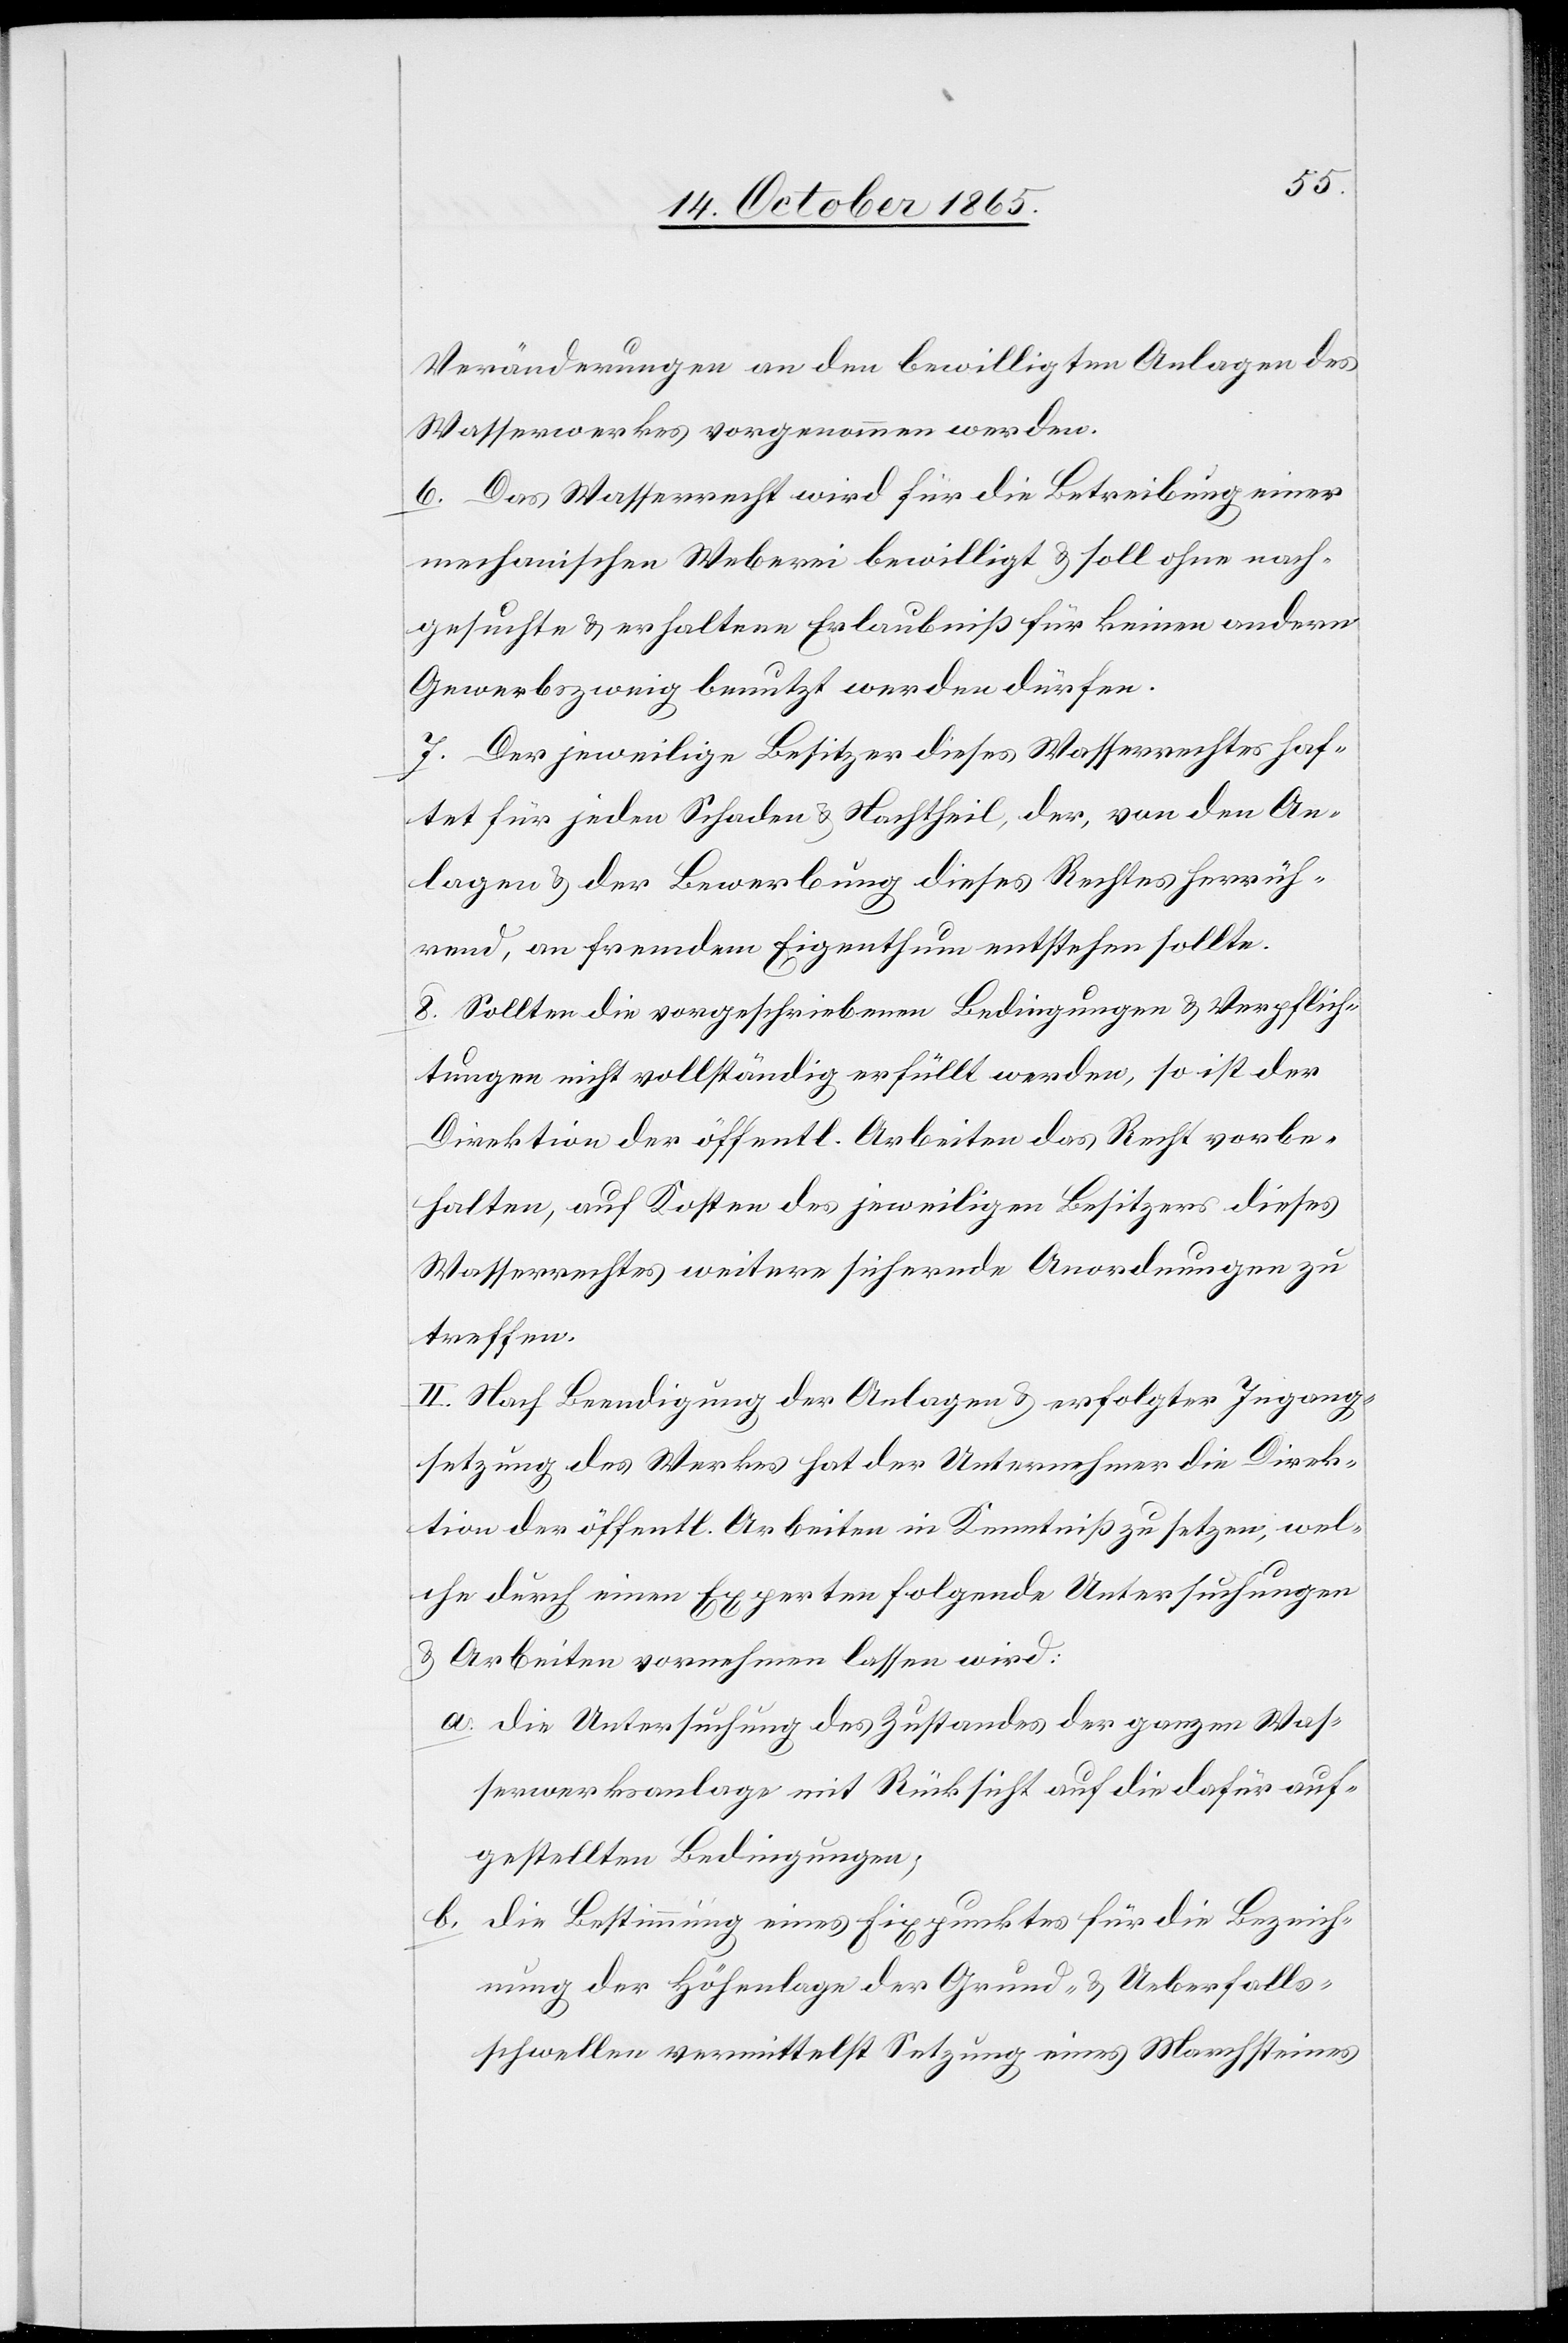
Veränderungen an den bewilligten Anlagen des
Wasserwerkes vorgenommen werden.
6. Das Wasserrecht wird für die Betreibung einer
mechanischen Weberei bewilligt & soll ohne nach¬
gesuchte & erhaltene Erlaubniß für keinen andern
Gewerbszweig benutzt werden dürfen.
7. Der jeweilige Besitzer dieses Wasserrechtes haf¬
tet für jeden Schaden & Nachtheil, der, von den An¬
lagen & der Bewerbung dieses Rechtes herrüh¬
rend, an fremdem Eigenthum entstehen sollte.
8. Sollten die vorgeschriebenen Bedingungen & Verpflich¬
tungen nicht vollständig erfüllt werden, so ist der
Direktion der öffentlichen Arbeiten das Recht vorbe¬
halten, auf Kosten des jeweiligen Besitzers dieses
Wasserrechtes weitere sichernde Anordnungen zu
treffen.
II. Nach Beendigung der Anlagen & erfolgter Ingang¬
setzung des Werkes hat der Unternehmer die Direk¬
tion der öffentl. Arbeiten in Kenntniß zu setzen, wel¬
che durch einen Experten folgende Untersuchungen
& Arbeiten vornehmen lassen wird:
a. Die Untersuchung des Zustandes der ganzen Was¬
serwerksanlage mit Rücksicht auf die dafür auf¬
gestellten Bedingungen;
b. Die Bestimmung eines Fixpunktes für die Bezeich¬
nung der Höhenlage der Grund- & Ueberfalls¬
schwellen vermittelst Setzung eines Marchsteines